Senior Leaving Certificate Examination (including Day School Certificate (Higher) General paper), 1946
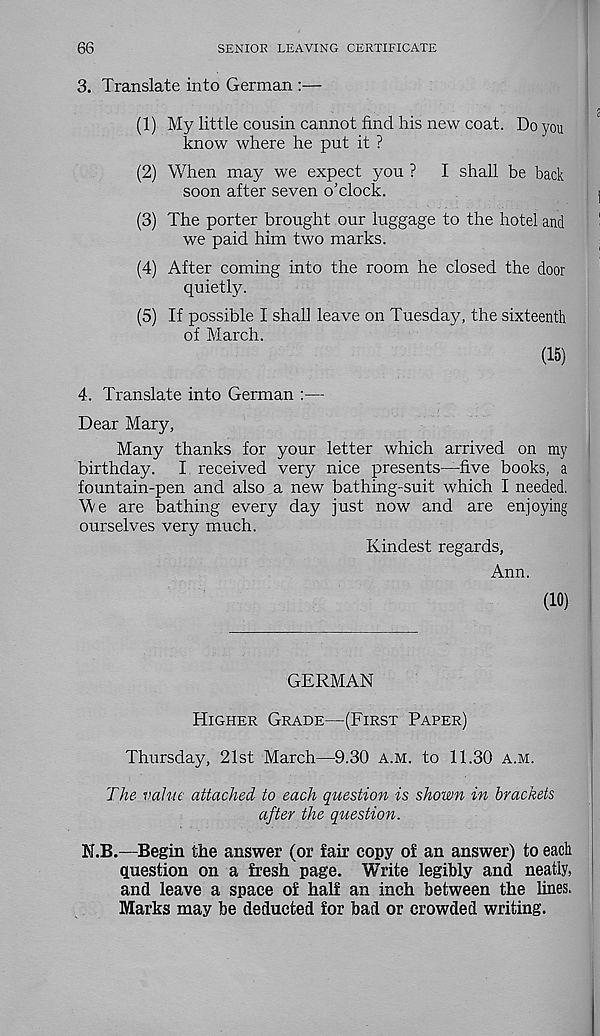
66
SENIOR LEAVING CERTIFICATE
3. Translate into German :—
(1) My little cousin cannot find his new coat. Do you
know where he put it ?
(2) When may we expect you ?
I shall be back
soon after seven o’clock.
(3) The porter brought our luggage to the hotel and
we paid him two marks.
(4) After coming into the room he closed the door
quietly.
(5) If possible I shall leave on Tuesday, the sixteenth
of March.
(15)
4. Translate into German :—
Dear Mary,
Many thanks for your letter which arrived on my
birthday.
I received very nice presents—five books, a
fountain-pen and also a new bathing-suit which I needed.
We are bathing every day just now and are enjoying
ourselves very much.
Kindest regards,
Ann.
(10)
GERMAN
Higher Grade—(First Paper)
Thursday, 21st March—9.30 a.m. to 11.30 a.m.
The- value attached to each question is shown in brackets
after the question.
N.B.—Begin the answer (or fair copy of an answer) to each
question on a fresh page. Write legibly and neatly,
and leave a space of half an inch between the lines.
Marks may be deducted for bad or crowded writing.